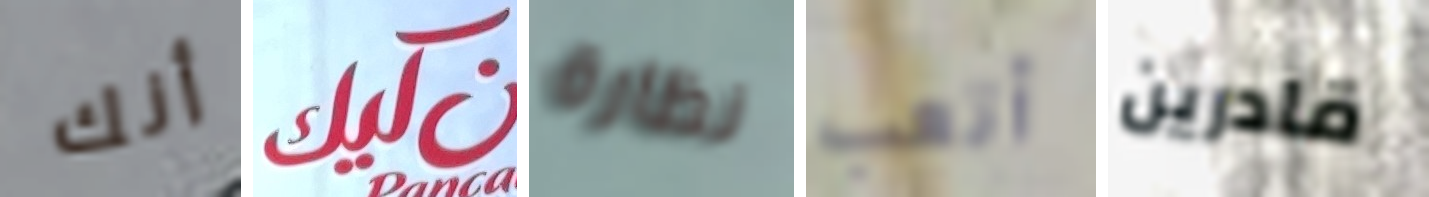
أنك كيك نظارة أتعب قادرين